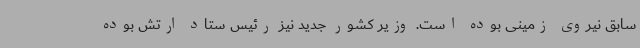
سابق نیروی زمینی بوده است. وزیر کشور جدید نیز رئیس ستاد ارتش بوده